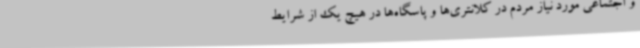
و اجتماعی مورد نیاز مردم در کلانتری‌ها و پاسگاه‌ها در هیچ یک از شرایط